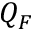
Q _ { F }